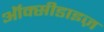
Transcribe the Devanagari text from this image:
ऑक्सीडाइज़